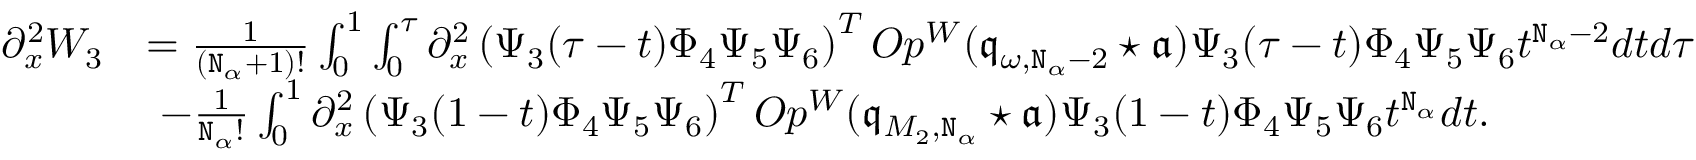
\begin{array} { r l } { \partial _ { x } ^ { 2 } W _ { 3 } } & { = \frac { 1 } { ( \mathtt { N } _ { \alpha } + 1 ) ! } \int _ { 0 } ^ { 1 } \int _ { 0 } ^ { \tau } \partial _ { x } ^ { 2 } \left( \Psi _ { 3 } ( \tau - t ) \Phi _ { 4 } \Psi _ { 5 } \Psi _ { 6 } \right) ^ { T } O p ^ { W } ( \mathfrak { q } _ { \omega , \mathtt { N } _ { \alpha } - 2 } \star \mathfrak { a } ) \Psi _ { 3 } ( \tau - t ) \Phi _ { 4 } \Psi _ { 5 } \Psi _ { 6 } t ^ { \mathtt { N } _ { \alpha } - 2 } d t d \tau } \\ & { \ - \frac { 1 } { \mathtt { N } _ { \alpha } ! } \int _ { 0 } ^ { 1 } \partial _ { x } ^ { 2 } \left( \Psi _ { 3 } ( 1 - t ) \Phi _ { 4 } \Psi _ { 5 } \Psi _ { 6 } \right) ^ { T } O p ^ { W } ( \mathfrak { q } _ { M _ { 2 } , \mathtt { N } _ { \alpha } } \star \mathfrak { a } ) \Psi _ { 3 } ( 1 - t ) \Phi _ { 4 } \Psi _ { 5 } \Psi _ { 6 } t ^ { \mathtt { N } _ { \alpha } } d t . } \end{array}